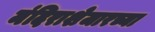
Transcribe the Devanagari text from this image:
मंदिराशेजारच्या